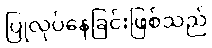
ပြုလုပ်နေခြင်းဖြစ်သည်